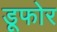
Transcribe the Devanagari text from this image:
डूफोर